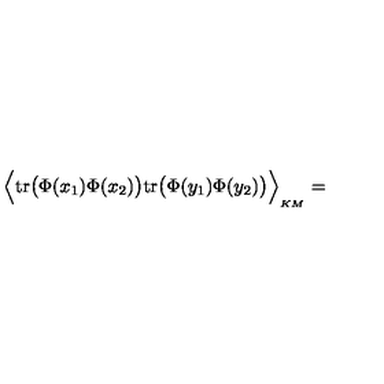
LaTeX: \Big \langle \mathrm { t r } \big ( \Phi ( x _ { 1 } ) \Phi ( x _ { 2 } ) \big ) \mathrm { t r } \big ( \Phi ( y _ { 1 } ) \Phi ( y _ { 2 } ) \big ) \Big \rangle _ { \mathrm { } _ { K M } } =